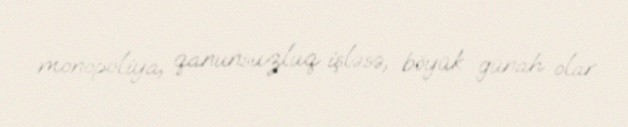
monopoliya, qanunsuzluq işləsə, böyük günah olar.